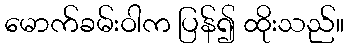
မောက်ခမ်းဝါက ပြန်၍ ထိုးသည်။